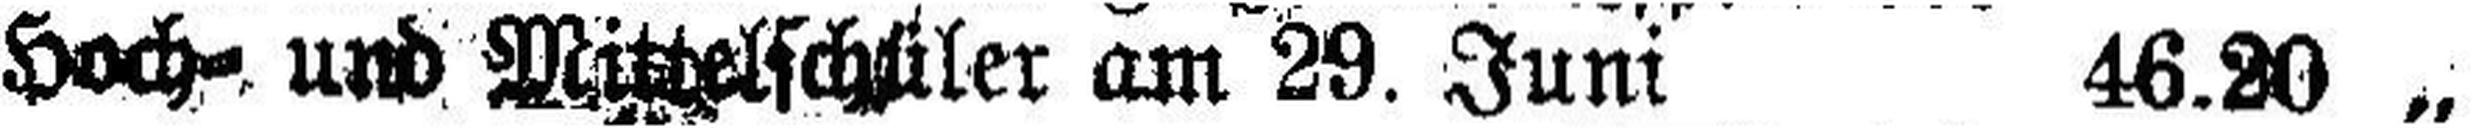
Hoch= und Mittelschüler am 29 Juni 46.20 „